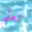
تعلم